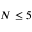
N \leq 5